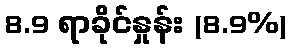
8.9 ရာခိုင်နှုန်း (8.9%)